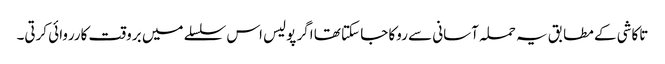
تاکاشی کے مطابق یہ حملہ آسانی سے روکا جا سکتا تھا اگر پولیس اس سلسلے میں بروقت کارروائی کرتی۔